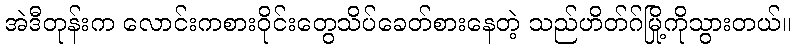
အဲဒီတုန်းက လောင်းကစားဝိုင်းတွေသိပ်ခေတ်စားနေတဲ့ သည်ဟိတ်ဂ်မြို့ကိုသွားတယ်။